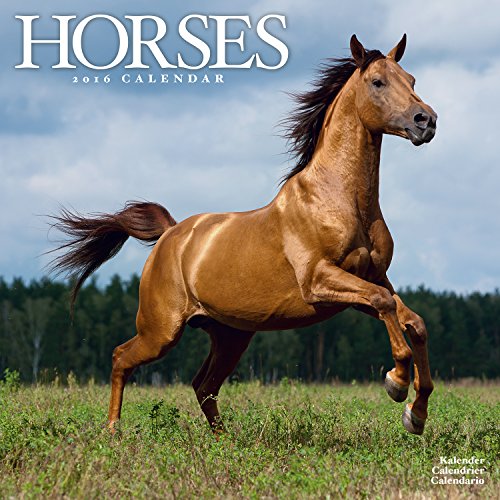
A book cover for Horses Calendar - 2016 Wall calendars - Animal Calendar - Monthly Wall Calendar by Avonside; MegaCalendars; Calendars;